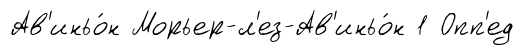
Ав'иньо́н Морьер-л'ез-Ав'иньо́н 1 Опп'ед